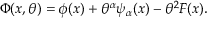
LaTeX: \Phi ( x , \theta ) = \phi ( x ) + \theta ^ { \alpha } \psi _ { \alpha } ( x ) - \theta ^ { 2 } F ( x ) .